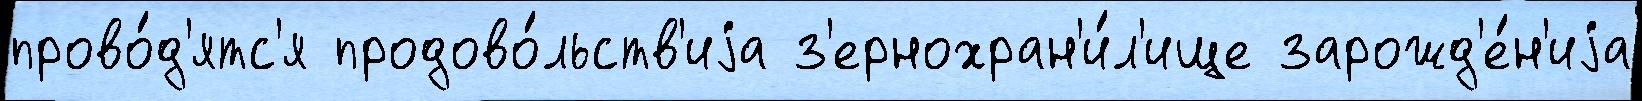
прово́д'ятс'я продово́льств'иjа з'ернохран'и́л'ище зарожд'е́н'иjа